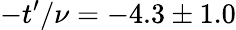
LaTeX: -t^{\prime}/\nu=-4.3\pm 1.0